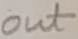
Text: out